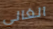
الغالي